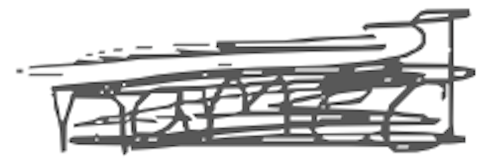
Text: named
Cross-out: scratch
Writing tool: digital_gray